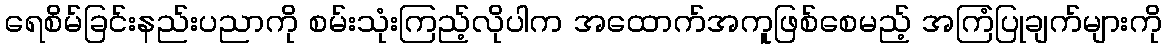
ရေစိမ်ခြင်းနည်းပညာကို စမ်းသုံးကြည့်လိုပါက အထောက်အကူဖြစ်စေမည့် အကြံပြုချက်များကို